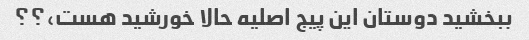
ببخشید دوستان این پیج اصلیه حالا خورشید هست،؟؟